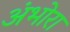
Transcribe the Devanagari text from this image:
अंभोरा